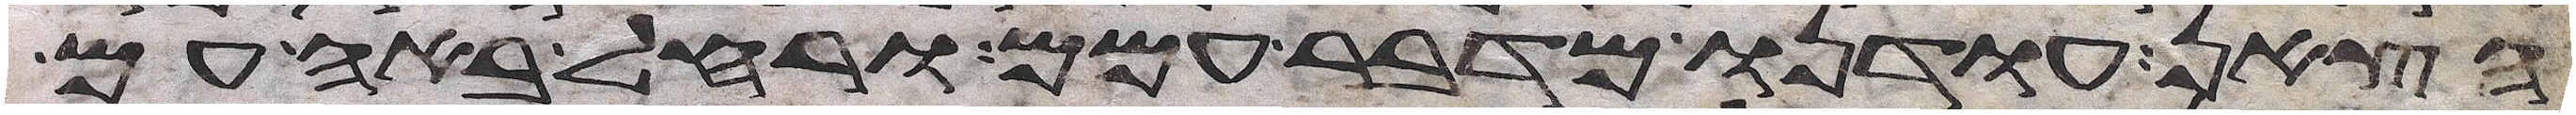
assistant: הצאן עודנו מדבר עמם ורחל באה עם